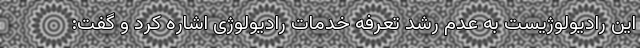
این رادیولوژیست به عدم رشد تعرفه خدمات رادیولوژی اشاره کرد و گفت: